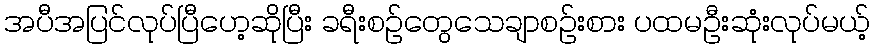
အပီအပြင်လုပ်ပြီဟေ့ဆိုပြီး ခရီးစဉ်တွေသေချာစဉ်းစား ပထမဦးဆုံးလုပ်မယ့်